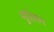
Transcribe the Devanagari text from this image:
मुतियन